Vital statistics of India. Vol. IV, Annual returns from 1871 to 1876. British Army of India, Native Army and jails of Bengal
Year: 1871
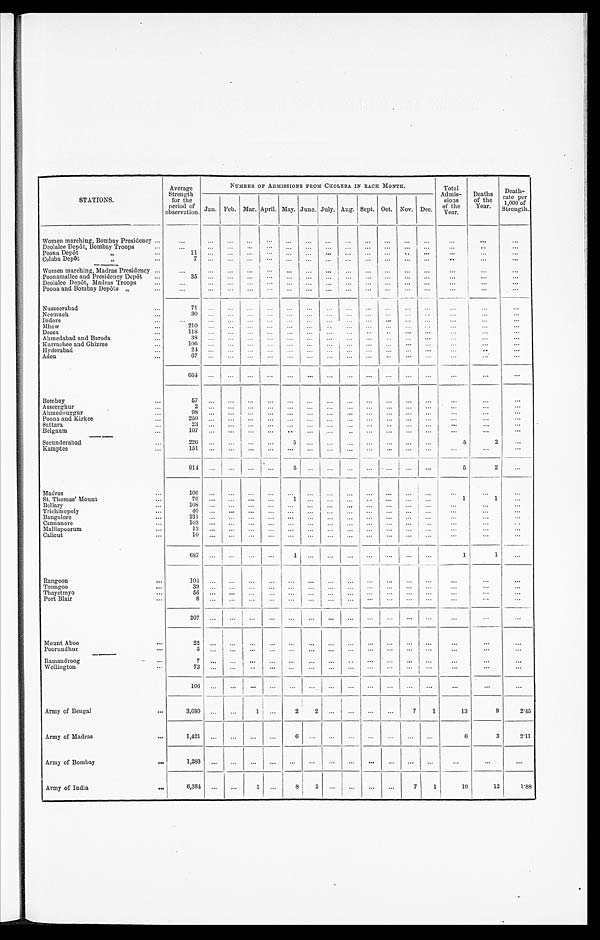
STATIONS.
Average
Strength
for the
period of
observation.
NUMBER OF ADMISSIONS FROM CHOLERA IN EACH MONTH.
Total
Admis-
sions
of the
Year.
Deaths
of the
Year.
Death-
rate per
1,000 of
Strength.
Jan. Feb. Mar. April. May. June. July. Aug. Sept. Oct. Nov. Dec.
Women marching, Bombay Presidency
. . .
. . .
. . .
. . .
. . .
. . .
. . .
. . .
. . .
. . .
. . .
. . .
. . .
. . .
. . .
. . .
Deolalee Depôt, Bombay Troops
. . .
. . .
. . .
. . .
. . .
. . .
. . .
. . .
. . .
. . .
. . .
. . .
. . .
. . .
. . .
. . .
Poona Depôt "
1 1
. . . . . .
. . . . . .
. . .
. . .
. . .
. . .
. . .
. . .
. . .
. . .
. . .
. . .
. . .
C o l a b a D e p ô t "
7
. . .
. . .
. . .
. . .
. . .
. . .
. . .
. . .
. . .
. . .
. . .
. . .
. . .
. . .
. . .
Women marching, Madras Presidency
. . .
. . .
. . .
. . .
. . .
. . .
. . .
. . . . . .
. . . . . .
. . . . . .
. . .
. . .
. . .
Poonamallee and Presidency Depôt
3 5 . . .
. . .
. . .
. . .
. . .
. . .
. . .
. . .
. . . . . .
. . .
. . . . . .
. . .
. . .
Deolalee Depôt, Madras Troops
. . .
. . .
. . .
. . .
. . . . . .
. . .
. . .
. . .
. . .
. . .
. . .
. . .
. . .
. . .
. . .
Poona and Bombay Depôts "
. . .
. . .
. . .
. . .
. . . . . .
. . . . . .
. . .
. . .
. . .
. . .
. . .
. . .
. . .
. . .
Nusseerabad
7 1 . . .
. . .
. . .
. . .
. . .
. . .
. . .
. . .
. . . . . .
. . .
. . .
. . .
. . .
. . .
Neemuch
3 0
. . .
. . .
. . .
. . .
. . .
. . .
. . .
. . .
. . .
. . .
. . .
. . .
. . .
. . .
. . .
Indore
. . .
. . .
. . .
. . .
. . .
. . .
. . .
. . .
. . .
. . .
. . .
. . .
. . . . . .
. . .
. . .
Mhow
2 1 0 . . .
. . .
. . .
. . .
. . .
. . .
. . .
. . .
. . .
. . .
. . . . . .
. . .
. . .
. . .
D e e s a
1 1 8 . . .
. . .
. . .
. . .
. . .
. . .
. . .
. . .
. . .
. . .
. . .
. . . . . .
. . .
. . .
Ahmedabad and Baroda
3 8 . . .
. . . . . .
. . .
. . .
. . .
. . . . . .
. . .
. . . . . .
. . .
. . .
. . .
. . .
Ku r r a c h e e a n d Gh i z r e e
1 0 6 . . .
. . .
. . .
. . .
. . .
. . .
. . .
. . .
. . . . . .
. . .
. . .
. . .
. . .
. . .
Hyderabad
2 4
. . . . . .
. . .
. . .
. . .
. . .
. . .
. . . . . .
. . .
. . .
. . .
. . .
. . .
. . .
Aden
6 7
. . .
. . .
. . .
. . .
. . .
. . .
. . .
. . .
. . .
. . .
. . .
. . .
. . .
. . .
. . .
6 6 4
. . .
. . .
. . .
. . .
. . .
. . .
. . .
. . .
. . .
. . .
. . .
. . .
. . .
. . .
. . .
Bombay
5 7
. . .
. . .
. . .
. . .
. . .
. . .
. . .
. . .
. . .
. . .
. . .
. . .
. . .
. . .
. . .
Asseerghur
2 . . .
. . .
. . . . . .
. . .
. . .
. . .
. . .
. . .
. . .
. . .
. . .
. . .
. . .
. . .
Ahmednuggur
9 8 . . .
. . .
. . .
. . .
. . .
. . .
. . .
. . . . . .
. . .
. . .
. . .
. . .
. . .
. . .
Poona and Kirkee
2 5 0
. . .
. . .
. . .
. . .
. . .
. . .
. . .
. . . . . .
. . .
. . .
. . .
. . .
. . .
. . .
S a t t a r a
2 3 . . .
. . .
. . .
. . .
. . .
. . .
. . .
. . .
. . .
. . .
. . .
. . .
. . .
. . .
. . .
Belgaum
1 0 7 . . .
. . .
. . .
. . .
. . .
. . . . . .
. . . . . .
. . .
. . . . . .
. . .
. . .
. . .
Secunderabad
2 2 6
. . .
. . .
. . . . . .
5
. . .
. . .
. . .
. . .
. . .
. . .
5
2
. . .
. . .
Kamptee
1 5 1
. . .
. . .
. . .
. . .
. . .
. . .
. . .
. . .
. . . . . .
. . .
. . .
. . .
. . .
. . .
9 1 4 . . .
. . .
. . .
. . .
5 . . .
. . .
. . .
. . .
. . .
. . .
5
2
. . .
. . .
M a d r a s
1 0 6
. . .
. . .
. . .
. . .
. . .
. . .
. . .
. . .
. . .
. . .
. . .
. . .
. . .
. . .
. . .
S t . T h o m a s ' M o u n t
7 6
. . . . . .
. . . . . .
1 . . .
. . .
. . .
. . .
. . . . . .
. . .
1
1 . . .
Bellary
1 0 8 . . .
. . .
. . .
. . .
. . .
. . .
. . .
. . .
. . .
. . .
. . .
. . .
. . .
. . .
. . .
Trichinopoly
4 0
. . .
. . .
. . . . . .
. . .
. . .
. . . . . .
. . .
. . .
. . .
. . .
. . .
. . .
. . .
Bangalore
2 3 1
. . .
. . .
. . .
. . .
. . . . . .
. . .
. . .
. . .
. . .
. . . . . .
. . .
. . .
. . .
Cannanore
1 0 3
. . .
. . .
. . .
. . .
. . .
. . .
. . .
. . . . . .
. . . . . .
. . . . . .
. . .
. . .
Malliapoorum
1 3 . . .
. . .
. . .
. . .
. . .
. . .
. . .
. . .
. . .
. . .
. . . . . .
. . .
. . .
. . .
C a l i c u t
1 0
. . . . . .
. . .
. . . . . .
. . .
. . .
. . .
. . .
. . .
. . .
. . .
. . .
. . .
. . .
6 8 7
. . .
. . .
. . .
. . .
1 . . .
. . .
. . .
. . . . . .
. . .
. . .
1
1 . . .
Rangoon
1 0 4
. . .
. . .
. . .
. . .
. . .
. . .
. .
. . .
. . .
. . .
. . .
. . .
. . .
. . .
. . .
Toungoo
3 9 . . .
. . .
. . .
. . .
. . .
. . .
. . .
. . .
. . .
. . .
. . . . . .
. . .
. . .
. . .
T h a y e t m y o
5 6
. . .
. . .
. . . . . .
. . .
. . .
. . .
. . . . . .
. . .
. . .
. . .
. . .
. . .
. . .
P o r t B l a i r
8
. . .
. . .
. . .
. . .
. . .
. . .
. . .
. . .
. . . . . .
. . .
. . .
. . .
. . .
. . .
2 0 7 . . .
. . .
. . .
. . .
. . .
. . .
. . .
. . .
. . .
. . .
. . .
. . .
. . .
. . .
. . .
Mount Aboo
2 2
. . .
. . .
. . .
. . .
. . .
. . .
. . .
. . .
. . .
. . .
. . .
. . .
. . .
. . .
. . .
Poorundhur
5
. . .
. . .
. . .
. . .
. . .
. . .
. . .
. . .
. . .
. . .
. . .
. . .
. . .
. . .
. . .
Ramandroog
7 . . .
. . .
. . .
. . .
. . .
. . .
. . .
. . .
. . .
. . .
. . . . . .
. . .
. . .
. . .
Wellington
7 2
. . . . . .
. . .
. . .
. . .
. . . . . .
. . .
. . .
. . . . . .
. . .
. . .
. . .
. . .
1 0 6 . . .
. . .
. . .
. . .
. . .
. . .
. . .
. . .
. . .
. . .
. . .
. . .
. . .
. . .
. . .
Army of Bengal
3 , 6 8 0
. . .
. . .
1 . . .
2 2
. . .
. . .
. . .
. . .
7
1
1 3
9
2 · 4 5
Army of Madras
1 , 4 2 1
. . .
. . .
. . . . . .
6 . . .
. . . . . .
. . .
. . .
. . .
. . .
6
3
2 · 1 1
Army of Bombay
1 , 2 8 3
. . .
. . .
. . .
. . .
. . .
. . .
. .
. . .
. . .
. . .
. . .
. . .
. . .
. . .
. . .
Army of India
6 , 3 8 4
. . .
. . .
1
. . .
8
2
. . .
. . .
. . .
7
1
1 9
1 2
1 · 8 8